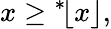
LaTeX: x\geq{}^{*}\! \lfloor x\rfloor,